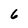
Character: 6